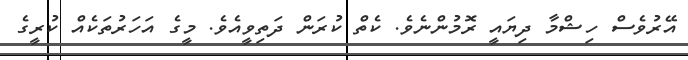
އޭރުވެސް ހިޝްމާ ދިޔައީ ރޮމުންނެވެ. ކެތް ކުރަން ދަތިވީއެވެ. މީގެ އަހަރުތަކެއް ކުރީގެ